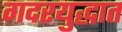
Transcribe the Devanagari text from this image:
गदरयुद्धात